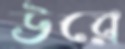
উরে